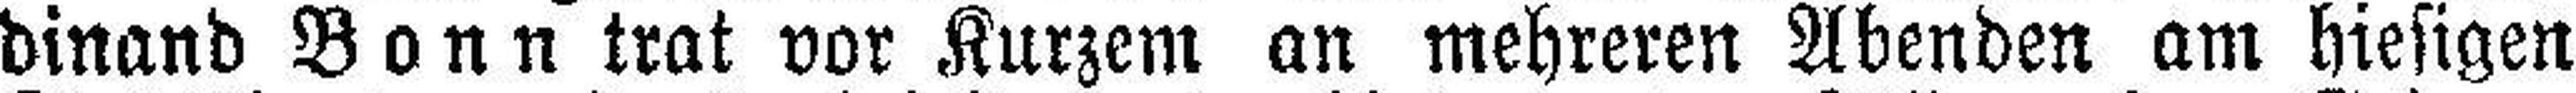
dinand Bonn trat vor Kurzem an mehreren Abenden am hiesigen